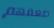
ضعفهم